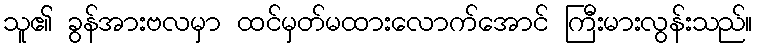
သူ၏ ခွန်အားဗလမှာ ထင်မှတ်မထားလောက်အောင် ကြီးမားလွန်းသည်။